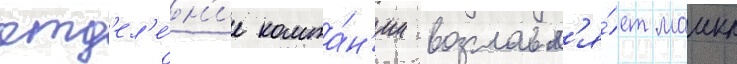
отд'ел'е́н'ие компа́н'ии возглавл'я́ет маикл